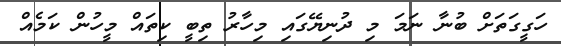
ހަގީގަތަށް ބުނާ ނަމަ މި ދުނިޔޭގައި މިހާރު ތިބީ ކިތައް މީހުން ކަމެއް